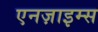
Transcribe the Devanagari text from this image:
एनज़ाइम्स